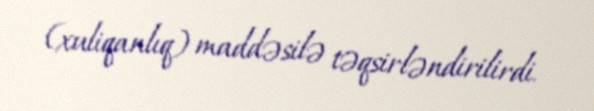
(xuliqanlıq) maddəsilə təqsirləndirilirdi.